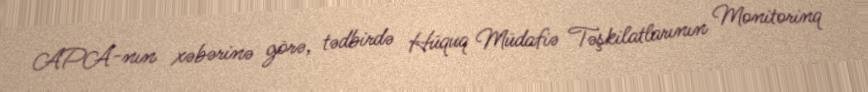
APA-nın xəbərinə görə, tədbirdə Hüquq Müdafiə Təşkilatlarının Monitorinq